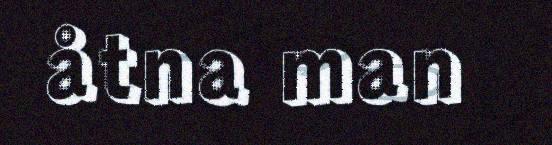
åtna man